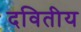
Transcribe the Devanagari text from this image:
दवितीय